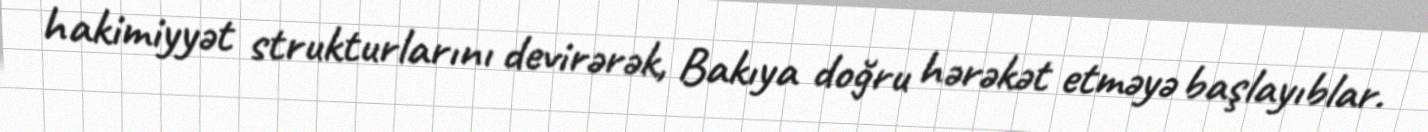
hakimiyyət strukturlarını devirərək, Bakıya doğru hərəkət etməyə başlayıblar.